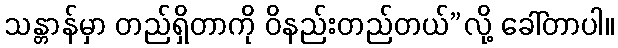
သန္တာန်မှာ တည်ရှိတာကို ဝိနည်းတည်တယ်”လို့ ခေါ်တာပါ။